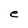
Character: e